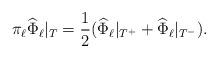
\begin{align*} \pi_\ell\widehat\Phi_\ell|_T = \frac12 (\widehat\Phi_\ell|_{T^+} + \widehat\Phi_\ell|_{T^-}).\end{align*}